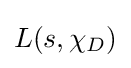
{\textstyle L(s,\chi _{D})}